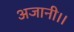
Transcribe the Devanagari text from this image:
अजानी।।